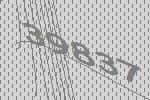
39837